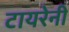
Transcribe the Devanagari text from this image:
टायरेनी